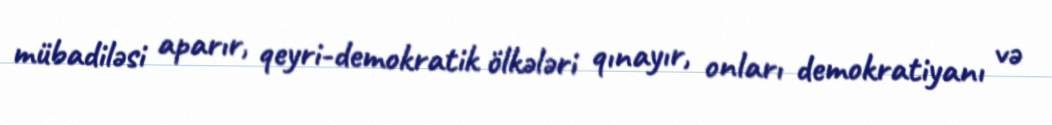
mübadiləsi aparır, qeyri-demokratik ölkələri qınayır, onları demokratiyanı və